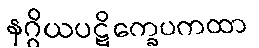
နဂ္ဂိယပဋိက္ခေပကထာ